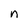
Character: n